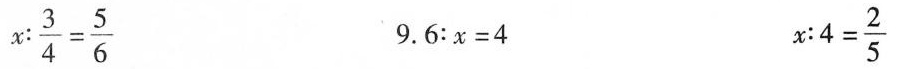
$$x : \frac { 3 } { 4 } = \frac { 5 } { 6 }$$ $$9 . 6 ： x = 4$$ $$x : 4 = \frac { 2 } { 5 }$$